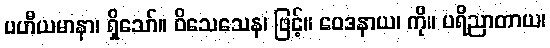
ပဟီယမာနာ၊ ရှိသော်။ ဝိသေသေန၊ ဖြင့်။ ဝေဒနာယ၊ ကို။ ပရိညာတာယ၊